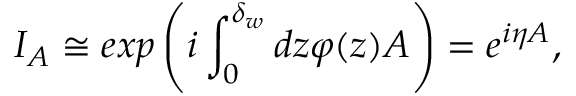
I _ { A } \cong e x p \left( i \int _ { 0 } ^ { \delta _ { w } } d z \varphi ( z ) A \right) = e ^ { { i } \eta A } ,